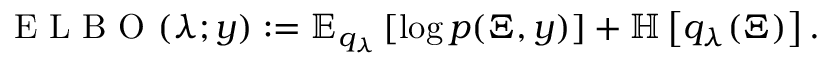
\mathrm { ~ E ~ L ~ B ~ O ~ } ( \lambda ; y ) : = \mathbb { E } _ { q _ { \lambda } } \left[ \log p ( \Xi , y ) \right] + \mathbb { H } \left[ q _ { \lambda } ( \Xi ) \right] .